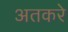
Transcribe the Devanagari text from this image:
अतकरे